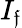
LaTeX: I_{\mathfrak{f}}